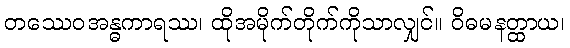
တဿေဝအန္ဓကာရဿ၊ ထိုအမိုက်တိုက်ကိုသာလျှင်။ ဝိဓမနတ္ထာယ၊